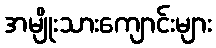
အမျိုးသားကျောင်းများ